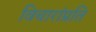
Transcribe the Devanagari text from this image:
विचारांप्रति